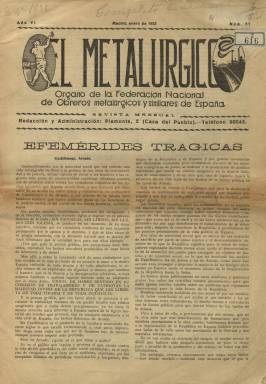
Título: El Metalúrgico (Madrid. 1927)
Colección: Prensa sindical || Periódicos || Industria
Ámbito geográfico: Madrid
Lugar de publicación: Madrid
Fechas: 01/01/1932-31/12/1933

Esta revista mensual comienza a publicarse en enero de 1927, como órgano de la Federación Nacional de Obreros Metalúrgicos y Similares de España, adscrita a la Unión General de Trabajadores (UGT), y es fruto del acuerdo establecido en el XI Congreso de dicha federación sindical celebrada en Bilbao, en 1925. Antecedentes a esta cabecera fue el también mensual El Metalúrgico español (1903-1904), boletín que fue de la Federación Metalúrgica Española, de tendencia ácrata y dirigido por Salvador Torres, y el Boletín Oficial de la Federación de Obreros Metalúrgicos y Similares de España (1908-1909).

Encuadrado como prensa “societaria” o sindical, los propósitos de El Metalúrgico -tal como se indica en el artículo de presentación de su primera entrega- fue informar de las acciones y actividades del comité y de la comisión ejecutiva de la federación, de sus sindicatos o secciones y direcciones provinciales, de los conflictos laborales en el sector y de difusión de las ideas socialistas. “Queremos que en nuestra revista no falte el artículo literario; el que se comente las luchas sociales en sus múltiples aspectos; el carácter técnico-profesional; el comentario de los problemas de actualidad; todos aquellos asuntos que interesan a nuestros federados y guarden relación con las disposiciones de los Gobiernos…”, se dirá en la salutación de esta revista que apareció en plena dictadura primoriverista.

Durante 1928 también estuvo publicándose El Baluarte, como boletín oficial del Sindicato Metalúrgico de Madrid, y la colección de El Metalúrgico en la Biblioteca Nacional de España (BNE) es incompleta, y comienza en su número 57, de enero de 1932. Aunque la responsabilidad de la revista quedaba en manos de la comisión ejecutiva federal, su dirección debió corresponder a Wenceslao Carrillo (1889-1963), quien después de haber sido elegido, en 1916, secretario del sindicato en Asturias, ya en Madrid y desde 1918 a 1939 sería vicepresidente de la federación, siendo también dirigente del PSOE y miembro de la Federación Internacional de Metalúrgicos.

Además de Wenceslao Carrillo, publican textos en la revista de los trabajadores metalúrgicos quienes dirigían entonces la federación: su presidente, Enrique Santiago Ribera [o Rivera], y su secretario, Pascual Tomás Taengua (1893-1972), así como otros dirigentes tanto federales como provinciales, entre los que aparecen los nombres de Enrique Domínguez, Casimiro Delgado, Pedro Roca Palot, Mariano Gómez Hernández, José García Pastor, Eusebio Pérez, Pedro Gutiérrez, Saturnito Bilbao de Prada, Bruno Alonso González, Fernando de Atienza, Santiago Carrillo o Ceferino López, pero también algún texto es firmado por Carmen Mendoza o Herminia Lantada, y otros por Julián Besteiro o Francisco Largo Caballero, dirigente máximo de la UGT.

La revista cuenta con una sección fija dedicada a asuntos profesionales o técnicos (Página profesional), en la que escriben Manuel López Aira y Agustín Redondo Simón, éste con el seudónimo Wookman. También contó con la colaboración de algunos dibujantes e insertaba algunos fotograbados, en los que aparecen retratados los dirigentes del sindicato. Así mismo reproduce algunos textos de Pablo Iglesias y frases de Carlos Marx, entre otros teóricos del socialismo.

Tuvo su redacción y administración en la Casa del Pueblo, de la madrileña calle Piamonte, y sus entregas son de ocho páginas, compuestas a dos columnas, e impresas por Gráfica Socialista. Su cabecera lleva insertos un par de grabados, uno de ellos representando a Vulcano, el clásico dios del fuego y los metales. Tras la celebración del XIV Congreso federal, a partir de su número 69, de enero de 1933, e indicando que se trata ahora de su “época tercera”, aumenta su tamaño a tabloide y reduce las páginas a cuatro, siendo compuestas a cuatro columnas. Ahora indica que es órgano de la Federación Siderometalúrgica de España, el nombre que había adoptado en dicho congreso, modificando el diseño de su cabecera y apareciendo en ella el anagrama de la UGT. Como órgano de prensa de los “trabajadores del hierro” (metalúrgicos, siderúrgicos, del metal) –como indica – sigue dando cuenta de las actividades y posicionamientos de la organización y las directrices emanadas por sus órganos de dirección, así como de la lucha obrera, en una sección que publica en su cuarta plana bajo el epígrafe Movimiento sindical, que en esos momentos reivindicaba, entre otras mejoras, las “cuarenta horas” semanales de trabajo. La última entrega de este título en la colección hemerográfica de la BNE es la número 80, de diciembre de 1933. Pero siguió publicándose hasta julio de 1936, sufriendo temporalmente una suspensión gubernamental en octubre de 1934.

En la década de los años cuarenta la UGT publicará de nuevo este título en París, y al comenzar la década de los setenta el clandestino boletín Federación Nacional de Metalúrgicos. En 2012, la Fundación Anastasio de Gracia-FITEL digitaliza en coordinación con la Hemeroteca Municipal de Madrid la colección casi completa de este título, que también publica en papel en facsímil, en tres tomos, con un estudio preliminar de José María Uría Fernández, y la elaboración de índices de autores, entidades, geográfico y onomástico.